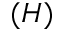
( H )